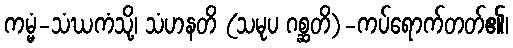
ကမ္မံ-သံဃကံသို့၊ သံဟနတိ (သမုပ ဂစ္ဆတိ)-ကပ်ရောက်တတ်၏၊